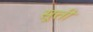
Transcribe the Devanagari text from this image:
सूत्ती